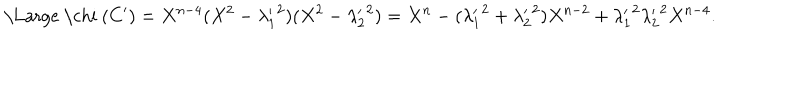
LaTeX: \mathrm { \Large ~ \ c h i ~ } ( { C ^ { \prime } } ) = X ^ { n - 4 } ( X ^ { 2 } - { \lambda _ { 1 } ^ { \prime } } ^ { 2 } ) ( X ^ { 2 } - { \lambda _ { 2 } ^ { \prime } } ^ { 2 } ) = X ^ { n } - ( { \lambda _ { 1 } ^ { \prime } } ^ { 2 } + { \lambda _ { 2 } ^ { \prime } } ^ { 2 } ) X ^ { n - 2 } + { \lambda _ { 1 } ^ { \prime } } ^ { 2 } { \lambda _ { 2 } ^ { \prime } } ^ { 2 } X ^ { n - 4 } .